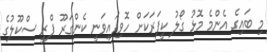
މި ބައިގެ އެންމެ މޮޅު ގޯލު ކީޕަރަކަށް ހޮވިފައިވަނީ ކެންގަރޫ ޕްރީ ސްކޫލުގެ